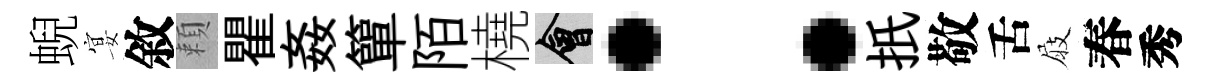
蜺宴敘頼瞿姦簞陌橈會：扺敬舌屐春秀